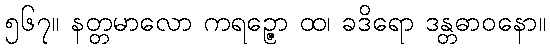
၅၆၇။ နတ္တမာလော ကရဉ္ဇော ထ၊ ခဒိရော ဒန္တဓာဝနော။